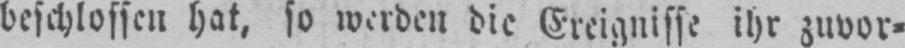
beschlossen hat, so werden die Ereignisse ihr zuvor⸗